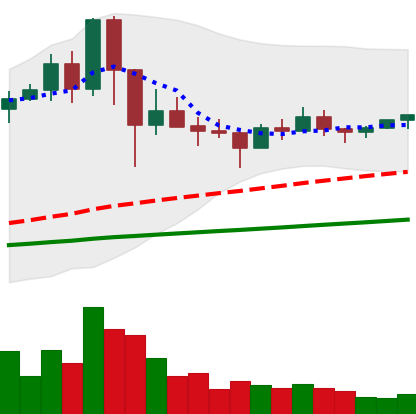
Ticker: NEO-USD
Chart end date: 2021-03-08
Forward return: 4.942%
Label: up_3_5